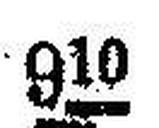
910